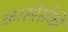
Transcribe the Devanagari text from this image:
कास्पेर्सकी